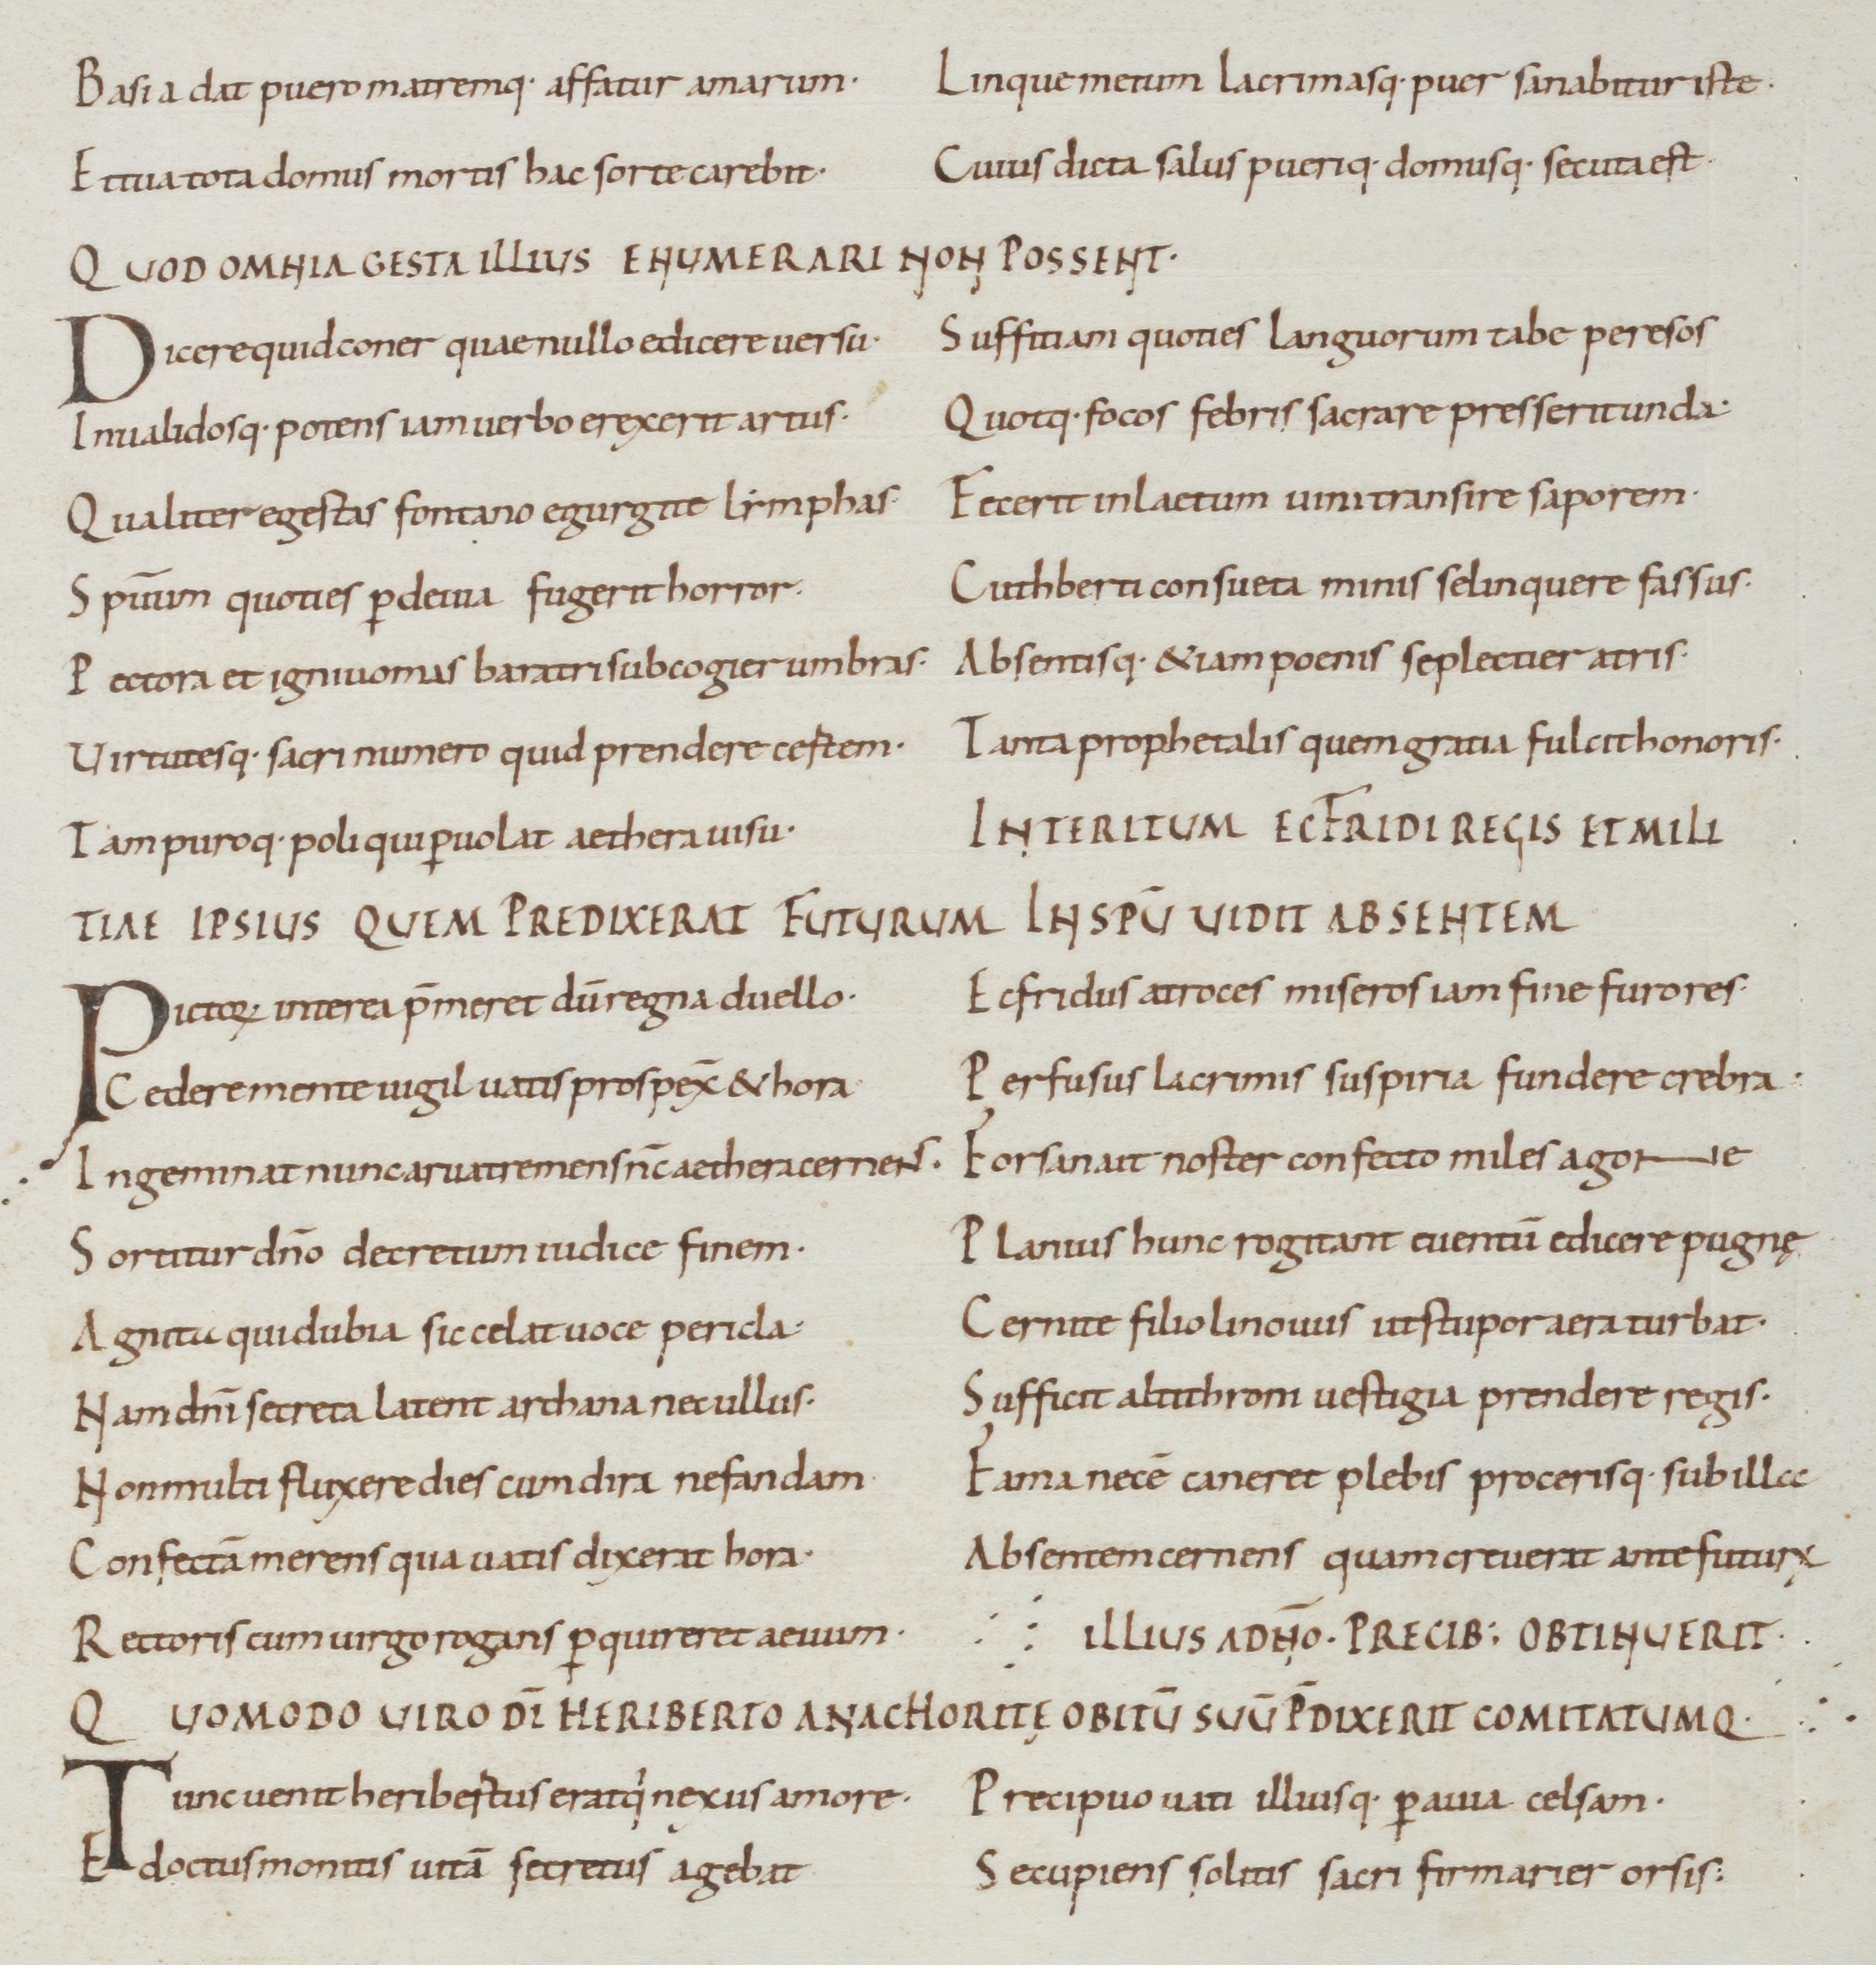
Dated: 900–999